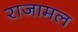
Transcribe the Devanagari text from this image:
राजामल